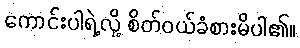
ကောင်းပါရဲ့လို့ စိတ်ဝယ်ခံစားမိပါ၏။